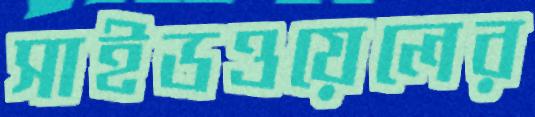
সাইডওয়েলের